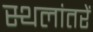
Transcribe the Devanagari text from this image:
स्थलांतरें